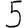
Digit: 5